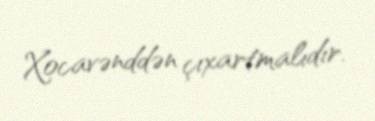
Xocavənddən çıxartmalıdır.